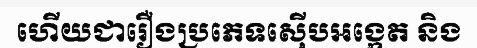
ហើយជារឿងប្រភេទស៊ើបអង្កេត និង